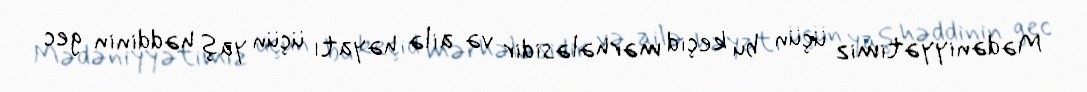
Mədəniyyətimiz üçün bu keçid mərhələsidir və ailə həyatı üçün yaş həddinin gec